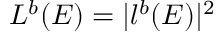
L ^ { b } ( E ) = | l ^ { b } ( E ) | ^ { 2 }